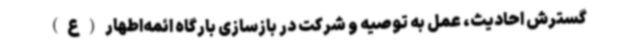
گسترش احادیث، عمل به توصیه و شرکت در بازسازی بارگاه ائمه‌اطهار(ع)